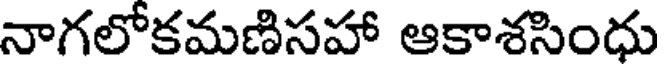
నాగలోకమణిసహా ఆకాశసింధు